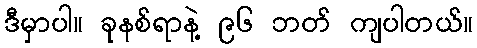
ဒီမှာပါ။ ခုနစ်ရာနဲ့ ၉၆ ဘတ် ကျပါတယ်။